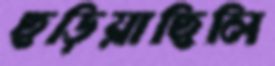
ছড়িয়াছিলি